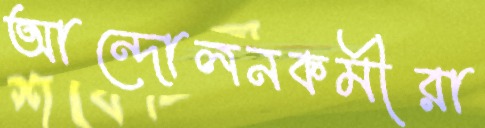
আন্দোলনকর্মীরা